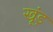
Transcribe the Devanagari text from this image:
खूंड़